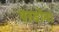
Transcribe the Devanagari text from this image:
परडोना